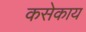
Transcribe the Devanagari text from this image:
कसेकाय